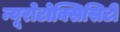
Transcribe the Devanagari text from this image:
न्यूरोटोक्सिसिटी